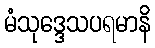
မံသုဒ္ဒေသပရမာနိ